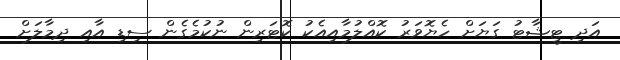
އަދި ޓީޝާޓު ގަޔަށް ހެޔޮވަރު ކޮއްލުމާއިއެކު ކޮޓަރިން ނުކުމެގެން ސިޑި އާއި ދިމާލަށް